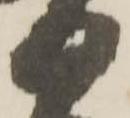
日